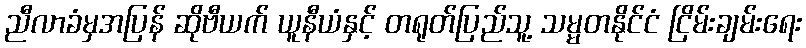
ညီလာခံမှအပြန် ဆိုဗီယက် ယူနီယံနှင့် တရုတ်ပြည်သူ့ သမ္မတနိုင်ငံ ငြိမ်းချမ်းရေး